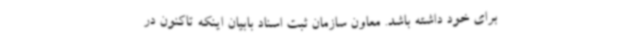
برای خود داشته باشد. معاون سازمان ثبت اسناد بابیان اینکه تاکنون در